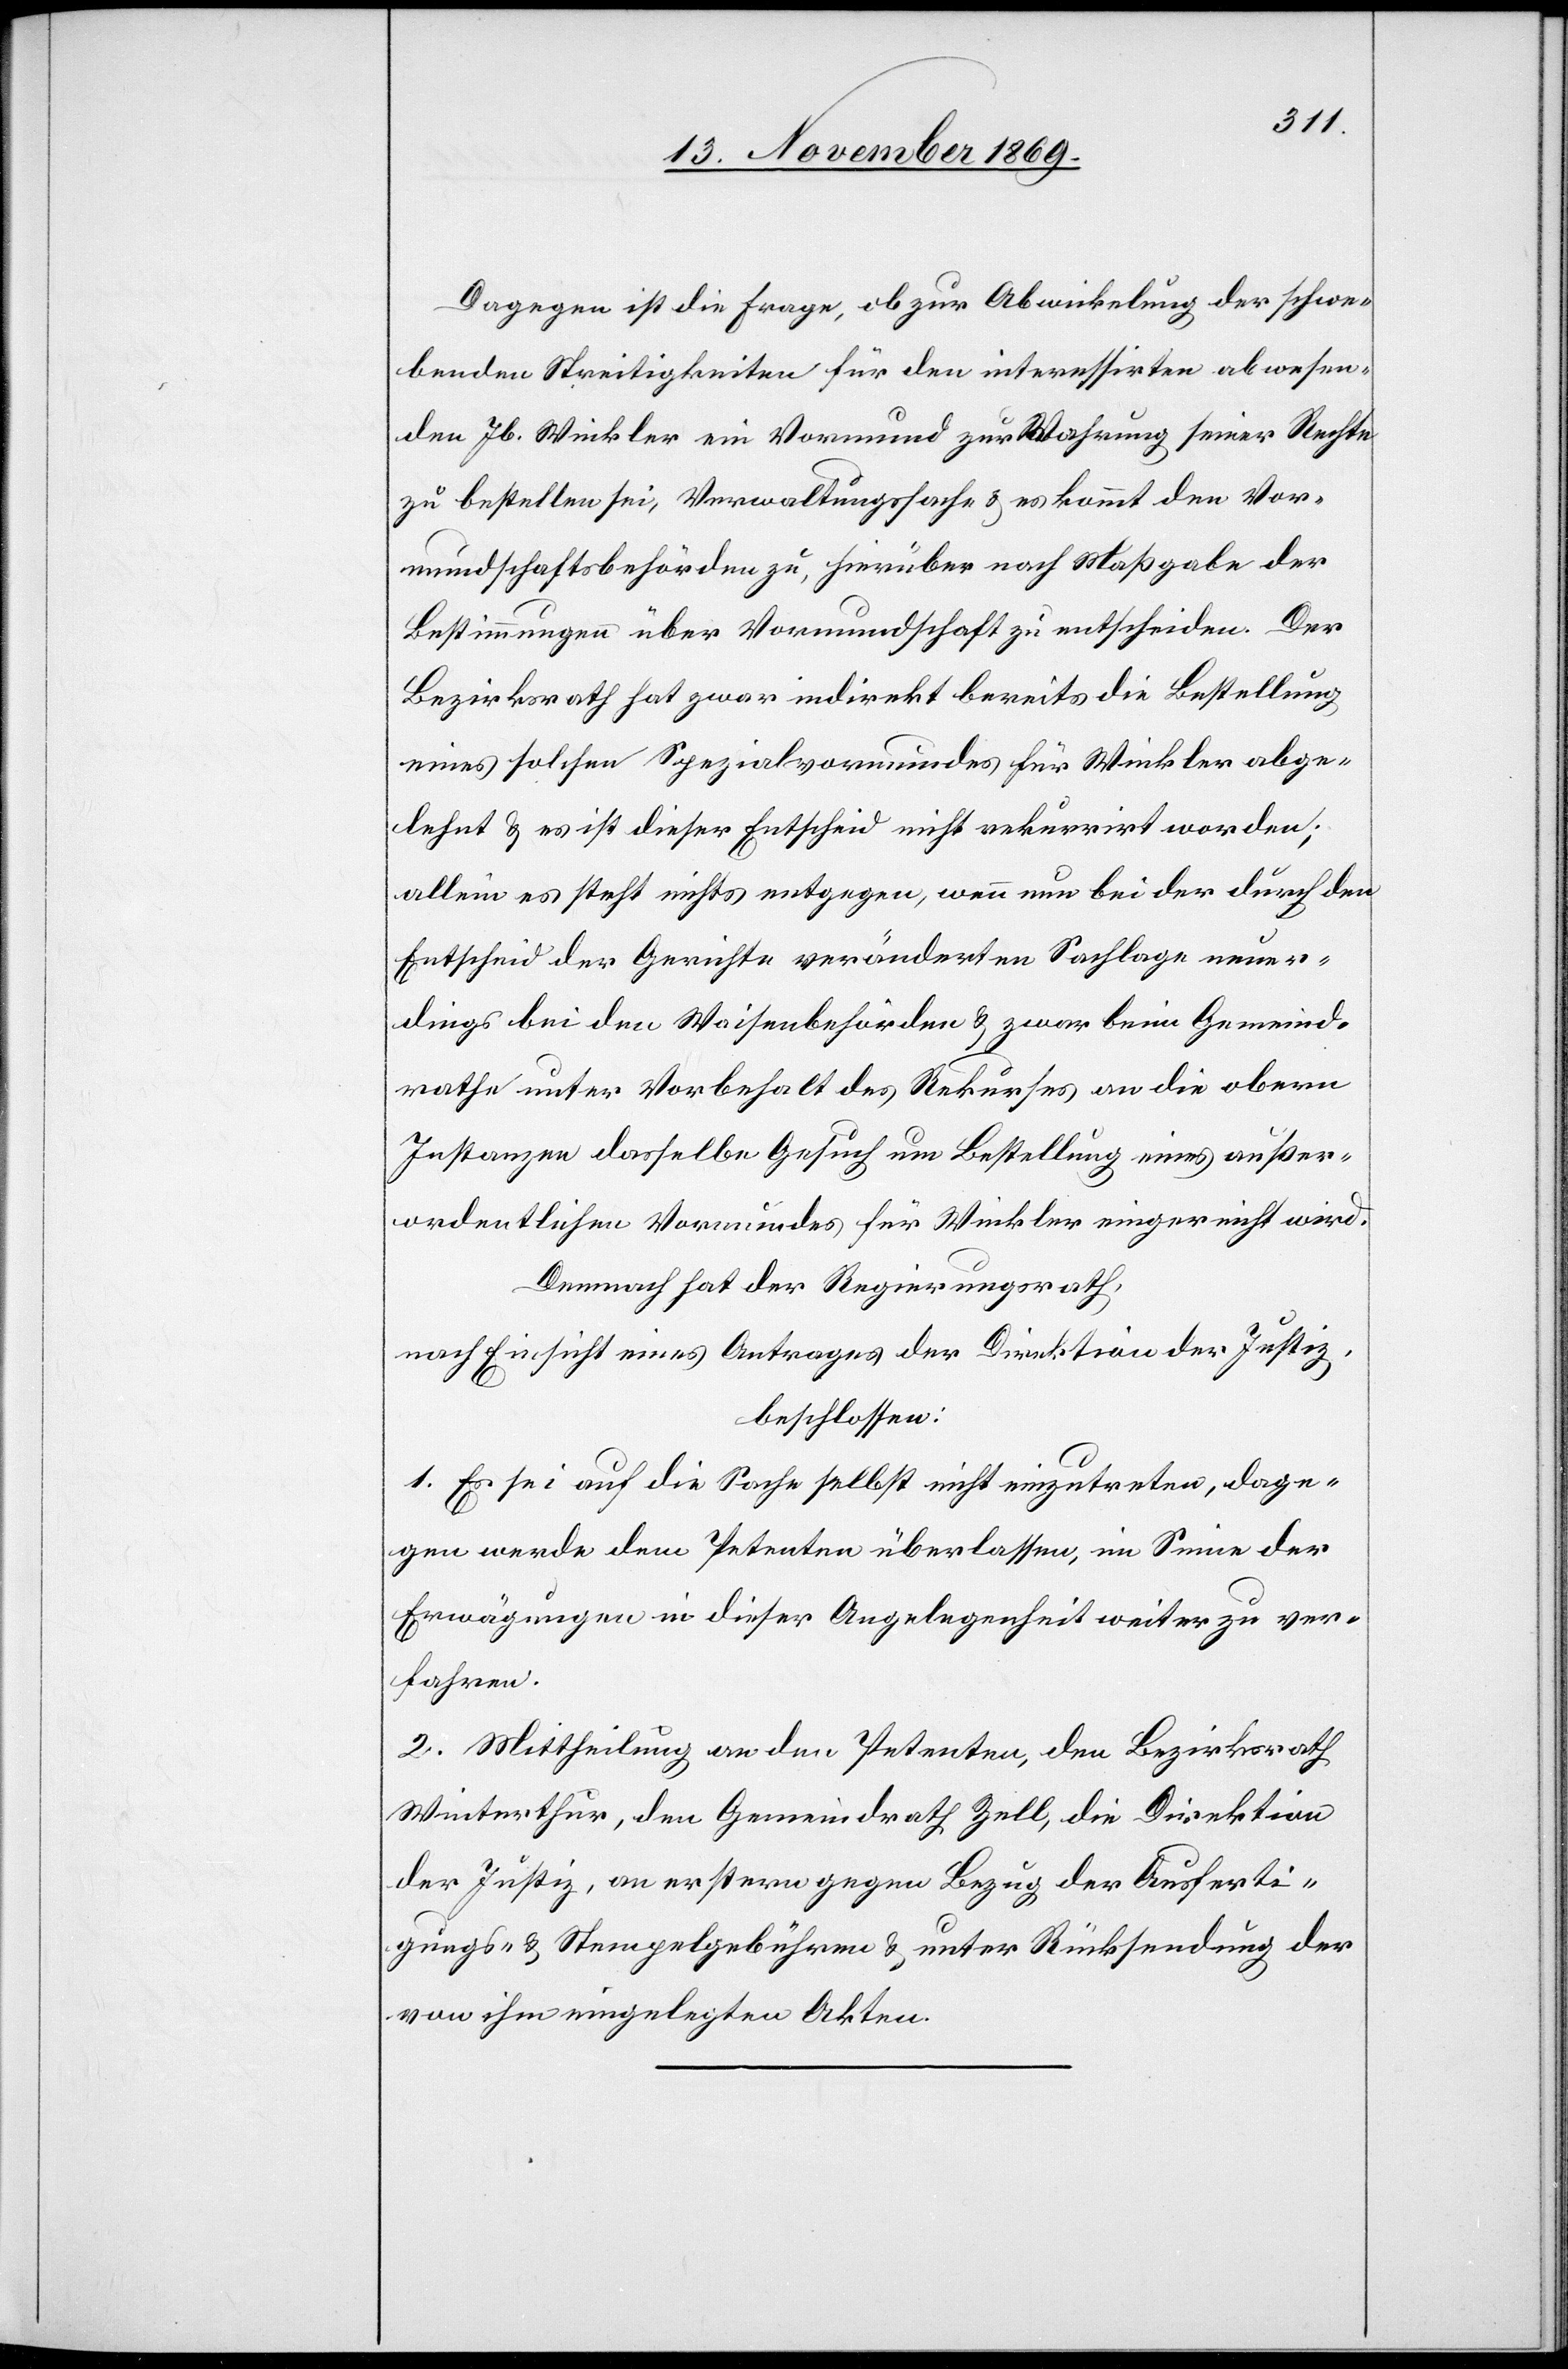
Dagegen ist die Frage, ob zur Abwickelung der schwe¬
benden Streitigkeiten für den interessirten abwesen¬
den Jb. Winkler ein Vormund zur Wahrung seiner Rechte
zu bestellen sei, Verwaltungssache & es kommt den Vor¬
mundschaftsbehörden zu, hierüber nach Maßgabe der
Bestimmungen über Vormundschaft zu entscheiden. Der
Bezirksrath hat zwar indirekt bereits die Bestellung
eines solchen Spezialvormundes für Winkler abge¬
lehnt & es ist dieser Entscheid nicht rekurrirt worden;
allein es steht nichts entgegen, wenn nun bei der durch den
Entscheid der Gerichte veränderten Sachlage neuer¬
dings bei den Waisenbehörden & zwar beim Gemeind¬
rathe unter Vorbehalt des Rekurses an die obern
Instanzen dasselbe Gesuch um Bestellung eines außer¬
ordentlichen Vormundes für Winkler eingereicht wird.
Demnach hat der Regierungsrath,
nach Einsicht eines Antrages der Direktion der Justiz,
beschlossen:
1. Es sei auf die Sache selbst nicht einzutreten, dage¬
gen werde dem Petenten überlassen, im Sinne der
Erwägungen in dieser Angelegenheit weiter zu ver¬
fahren.
2. Mittheilung an den Petenten, den Bezirksrath
Winterthur, den Gemeindrath Zell, die Direktion
der Justiz, an erstern gegen Bezug der Ausferti¬
gungs- & Stempelgebühren & unter Rücksendung der
von ihm eingelegten Akten.